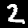
Digit: 2